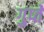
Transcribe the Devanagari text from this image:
गुप्‍ते